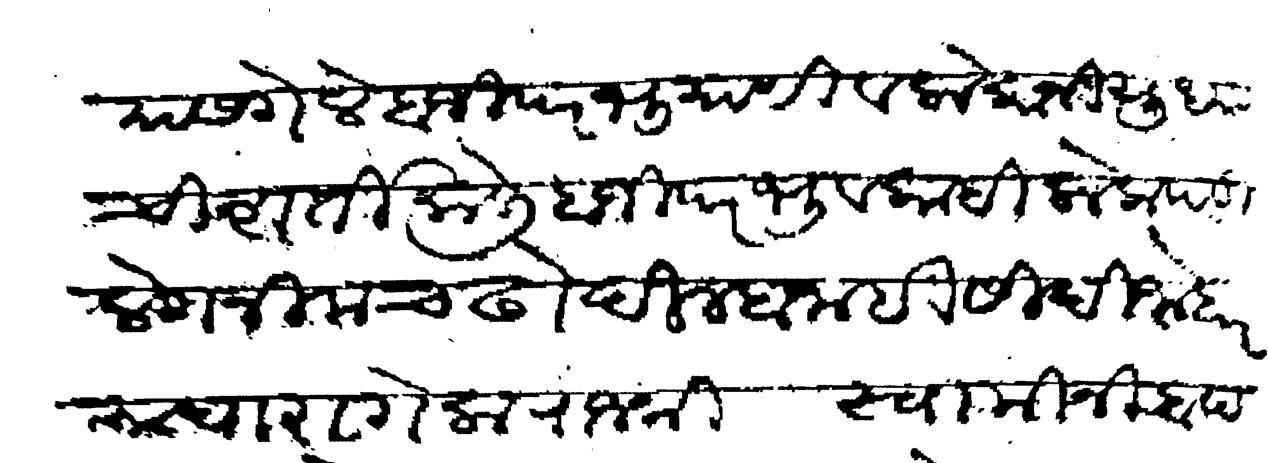
Transliteration (Devanagari): रयास गेले बाजी परभु यांणी व लोकानी युध्याची शर्ती केली बाजी परभु व कांही लोक पडिले गनीम चढो दिल्हा नाही सिदी जोहार माघारा गेला राजश्री स्वामीनी बादलाच्या